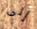
إلى